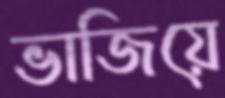
ভাজিয়ে